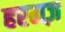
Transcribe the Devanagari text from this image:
हरमज़